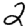
Digit: 2